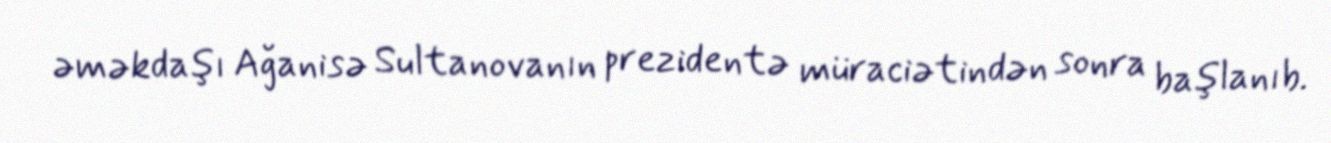
əməkdaşı Ağanisə Sultanovanın prezidentə müraciətindən sonra başlanıb.